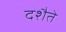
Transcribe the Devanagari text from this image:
दशैते